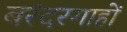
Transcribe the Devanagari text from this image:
बरंदरगाहों